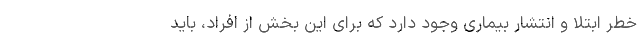
خطر ابتلا و انتشار بیماری وجود دارد که برای این بخش از افراد، باید